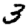
Digit: 3